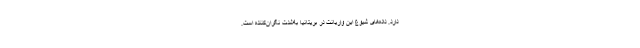
دارد. داده‌های شیوع این واریانت در بریتانیا به‌شدت نگران‌کننده است.